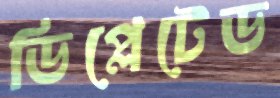
ডিপ্লেটেড